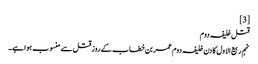
[3]
قتل خلیفہ دوم
نہم ربیع‌ الاول کا دن خلیفہ دوم عمر بن خطاب کے روز قتل سے منسوب ہوا ہے۔